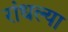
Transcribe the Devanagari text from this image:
रांधल्या